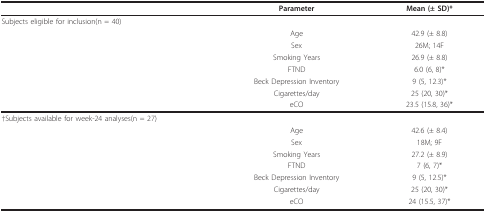
|  | Parameter | Mean (± SD)* |
 | --- | --- | --- |
 | Subjects eligible for inclusion(n = 40) |  |  |
 |  | Age | 42.9 (± 8.8) |
 |  | Sex | 26M; 14F |
 |  | Smoking Years | 26.9 (± 8.8) |
 |  | FTND | 6.0 (6, 8)* |
 |  | Beck Depression Inventory | 9 (5, 12.3)* |
 |  | Cigarettes/day | 25 (20, 30)* |
 |  | eCO | 23.5 (15.8, 36)* |
 | †Subjects available for week-24 analyses(n = 27) |  |  |
 |  | Age | 42.6 (± 8.4) |
 |  | Sex | 18M; 9F |
 |  | Smoking Years | 27.2 (± 8.9) |
 |  | FTND | 7 (6, 7)* |
 |  | Beck Depression Inventory | 9 (5, 12.5)* |
 |  | Cigarettes/day | 25 (20, 30)* |
 |  | eCO | 24 (15.5, 37)* |